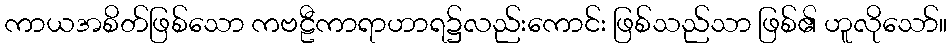
ကာယအစိတ်ဖြစ်သော ကဗဠီကာရာဟာရ၌လည်းကောင်း ဖြစ်သည်သာ ဖြစ်၏ ဟူလိုသော်။